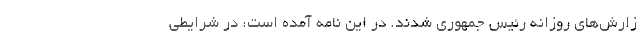
زارش‌های روزانه رئیس جمهوری شدند. در این نامه آمده است: در شرایطی